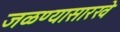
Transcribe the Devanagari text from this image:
जळण्यासारखे